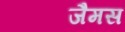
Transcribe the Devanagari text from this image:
जैमस